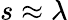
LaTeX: s\approx\lambda